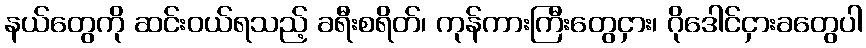
နယ်တွေကို ဆင်းဝယ်ရသည့် ခရီးစရိတ်၊ ကုန်ကားကြီးတွေငှား၊ ဂိုဒေါင်ငှားခတွေပါ